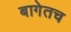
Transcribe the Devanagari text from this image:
बागेतच